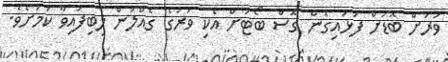
ވަރަށް ބޮޑަށް ފަޅައިގެން ގޮސް ބޯޓަށް އެކި ވަރުގެ ގެއްލުން ލިބިފައިވާ ކަމަށެވެ.